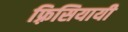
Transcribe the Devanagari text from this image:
फ़्रिसियायी